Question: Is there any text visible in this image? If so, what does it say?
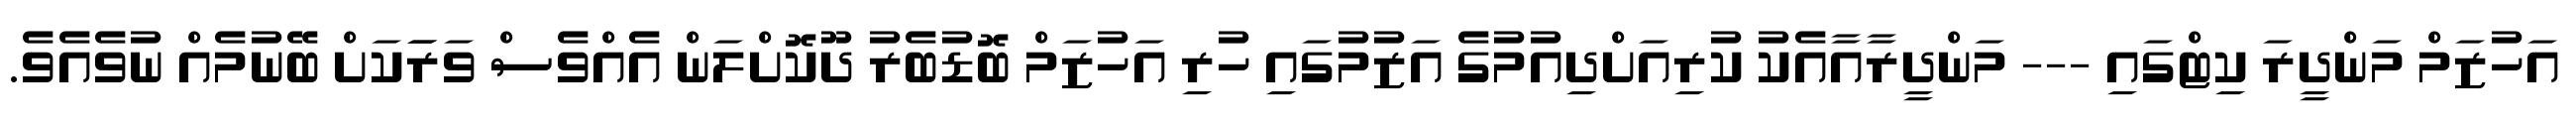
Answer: އަހުޒަމް މަންދީރަ ކިޓްގައި --- މަންދީރާއާއެކު ކުރިއަށްދިއުމުގެ އަޒުމުގައި ހުރި އަހުޒަމް ބޮޑުބެރު ދޫކޮށްލަން އެއްވެސް ވަރަަކަށް ބޭނުމެއް ނުވެއެވެ.